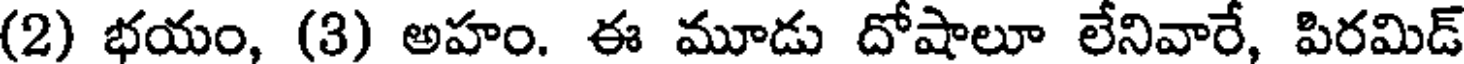
(2) భయం, (3) అహం. ఈ మూడు దోషాలూ లేనివారే, పిరమిడ్